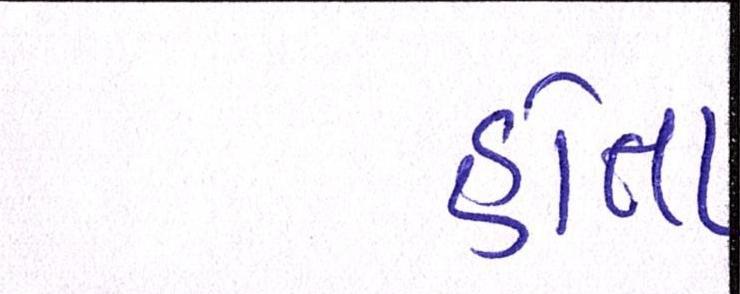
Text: હોતા